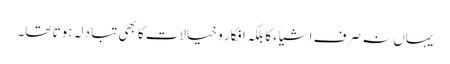
یہاں نہ صرف اشیاء کا بلکہ افکارِ و خیالات کا بھی تبادلہ ہوتا تھا۔